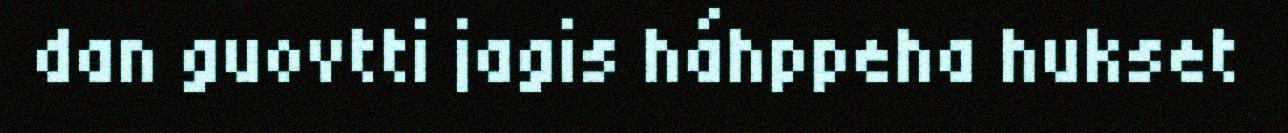
dan guovtti jagis háhppeha hukset